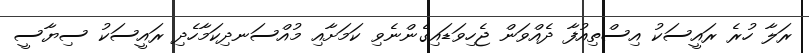
ރަލާ ހުރެ ރައީސަކު އިސްތިއުފާ ދެއްވަން ޖެހިވަޑައިގެންނެވި ކަމަށާއި މުއްސަނދިކަމާހެދި ރައީސަކު ސިޔާސީ